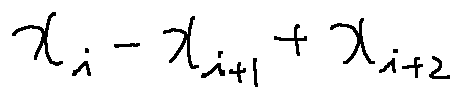
x _ { i } - x _ { i + 1 } + x _ { i + 2 }